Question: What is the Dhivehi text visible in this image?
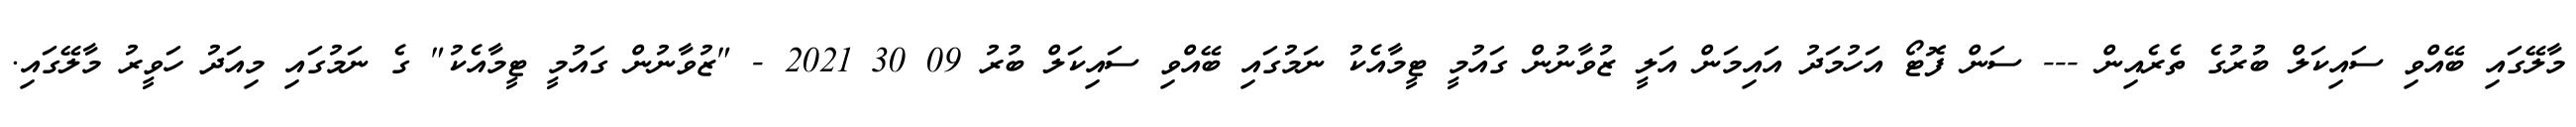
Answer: މާލޭގައި ބޭއްވި ސައިކަލް ބުރުގެ ތެރެއިން --- ސަން ފޮޓޯ އަހުމަދު އައިމަން އަލީ ޒުވާނުން ގައުމީ ޓީމާއެކު ނަމުގައި ބޭއްވި ސައިކަލް ބުރު 09 30 2021 - "ޒުވާނުން ގައުމީ ޓީމާއެކު" ގެ ނަމުގައި މިއަދު ހަވީރު މާލޭގައި.